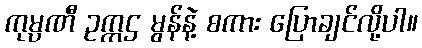
ကုမ္ပဏီ ဥက္ကဌ မွန်နဲ့ စကား ပြောချင်လို့ပါ။